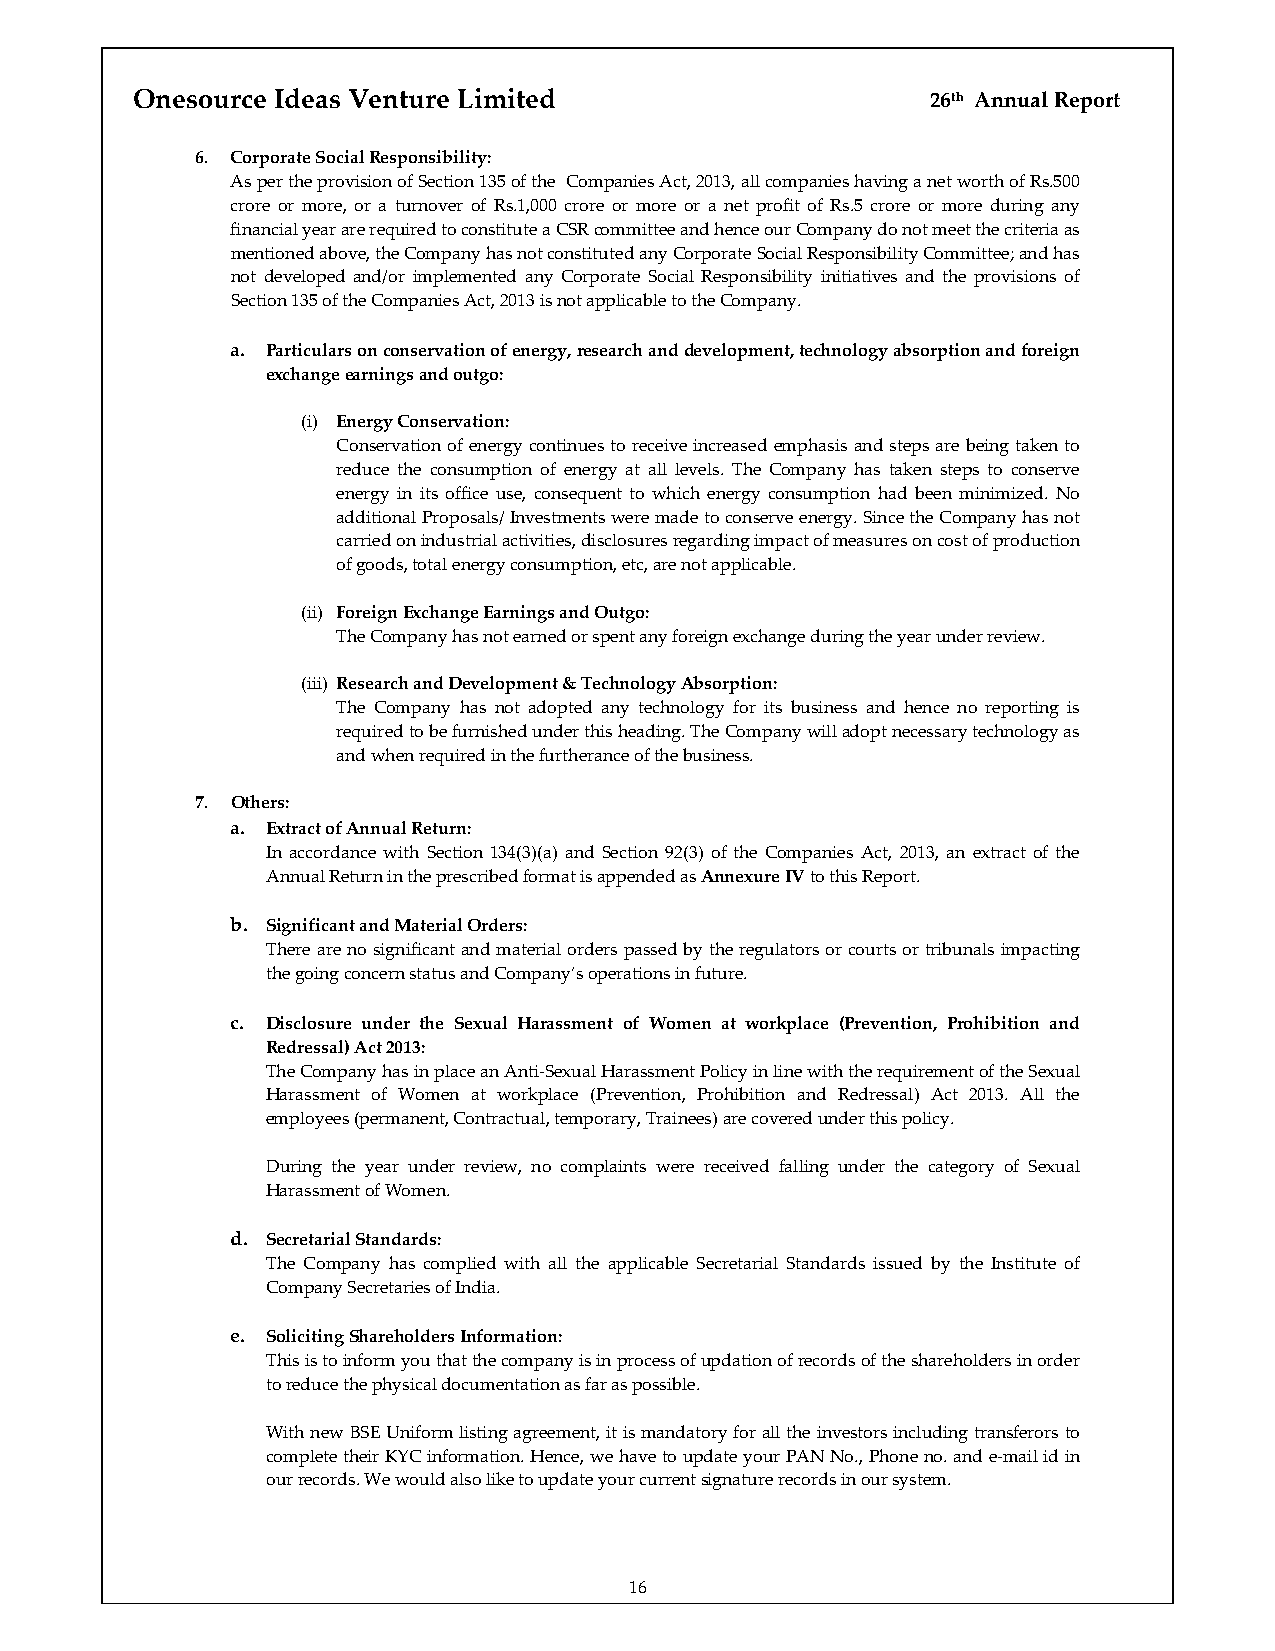
Onesource Ideas Venture Limited                      26th Annual Report
 6. Corporate Social Responsibility:
 As per the provision of Section 135 of the Companies Act, 2013, all companies having a net worth of Rs.500
 crore or more, or a turnover of Rs.1,000 crore or more or a net profit of Rs.5 crore or more during any
 financial year are required to constitute a CSR committee and hence our Company do not meet the criteria as
 mentioned above, the Company has not constituted any Corporate Social Responsibility Committee; and has
 not developed and/or implemented any Corporate Social Responsibility initiatives and the provisions of
 Section 135 of the Companies Act, 2013 is not applicable to the Company.
 a. Particulars on conservation of energy, research and development, technology absorption and foreign
 exchange earnings and outgo:
 (i) Energy Conservation:
 Conservation of energy continues to receive increased emphasis and steps are being taken to
 reduce the consumption of energy at all levels. The Company has taken steps to conserve
 energy in its office use, consequent to which energy consumption had been minimized. No
 additional Proposals/ Investments were made to conserve energy. Since the Company has not
 carried on industrial activities, disclosures regarding impact of measures on cost of production
 of goods, total energy consumption, etc, are not applicable.
 (ii) Foreign Exchange Earnings and Outgo:
 The Company has not earned or spent any foreign exchange during the year under review.
 (iii) Research and Development & Technology Absorption:
 The Company has not adopted any technology for its business and hence no reporting is
 required to be furnished under this heading. The Company will adopt necessary technology as
 and when required in the furtherance of the business.
 7. Others:
 a. Extract of Annual Return:
 In accordance with Section 134(3)(a) and Section 92(3) of the Companies Act, 2013, an extract of the
 Annual Return in the prescribed format is appended as Annexure IV to this Report.
 b. Significant and Material Orders:
 There are no significant and material orders passed by the regulators or courts or tribunals impacting
 the going concern status and Company’s operations in future.
 c. Disclosure under the Sexual Harassment of Women at workplace (Prevention, Prohibition and
 Redressal) Act 2013:
 The Company has in place an Anti‐Sexual Harassment Policy in line with the requirement of the Sexual
 Harassment of Women at workplace (Prevention, Prohibition and Redressal) Act 2013. All the
 employees (permanent, Contractual, temporary, Trainees) are covered under this policy.
 During the year under review, no complaints were received falling under the category of Sexual
 Harassment of Women.
 d. Secretarial Standards:
 The Company has complied with all the applicable Secretarial Standards issued by the Institute of
 Company Secretaries of India.
 e. Soliciting Shareholders Information:
 This is to inform you that the company is in process of updation of records of the shareholders in order
 to reduce the physical documentation as far as possible.
 With new BSE Uniform listing agreement, it is mandatory for all the investors including transferors to
 complete their KYC information. Hence, we have to update your PAN No., Phone no. and e‐mail id in
 our records. We would also like to update your current signature records in our system.
 16